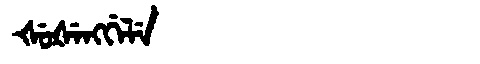
Manchu: ᡧᡠᡧᡝᠩᡤᡝᠯᡝ
Romanization: ŠUŠENGGELE